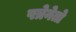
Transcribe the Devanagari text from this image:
पत्रेनेतो